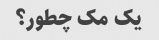
یک مک چطور؟